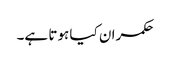
حکمران کیا ہوتا ہے۔